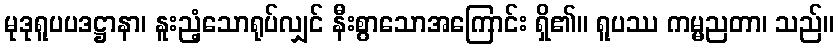
မုဒုရူပပဒဋ္ဌာနာ၊ နူးညံ့သောရုပ်လျှင် နီးစွာသောအကြောင်း ရှိ၏။ ရူပဿ ကမ္မညတာ၊ သည်။